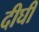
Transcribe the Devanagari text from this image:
दीघी